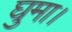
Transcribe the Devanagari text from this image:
घुमा।